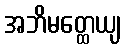
အဘိမတ္ထေယျ